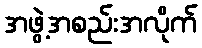
အဖွဲ့အစည်းအလိုက်